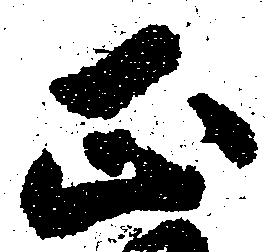
正